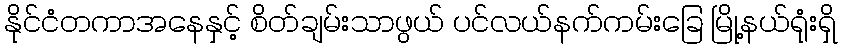
နိုင်ငံတကာအနေနှင့် စိတ်ချမ်းသာဖွယ် ပင်လယ်နက်ကမ်းခြေ မြို့နယ်ရုံးရှိ